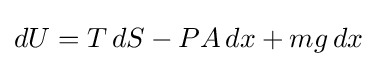
dU=T\,dS-PA\,dx+mg\,dx